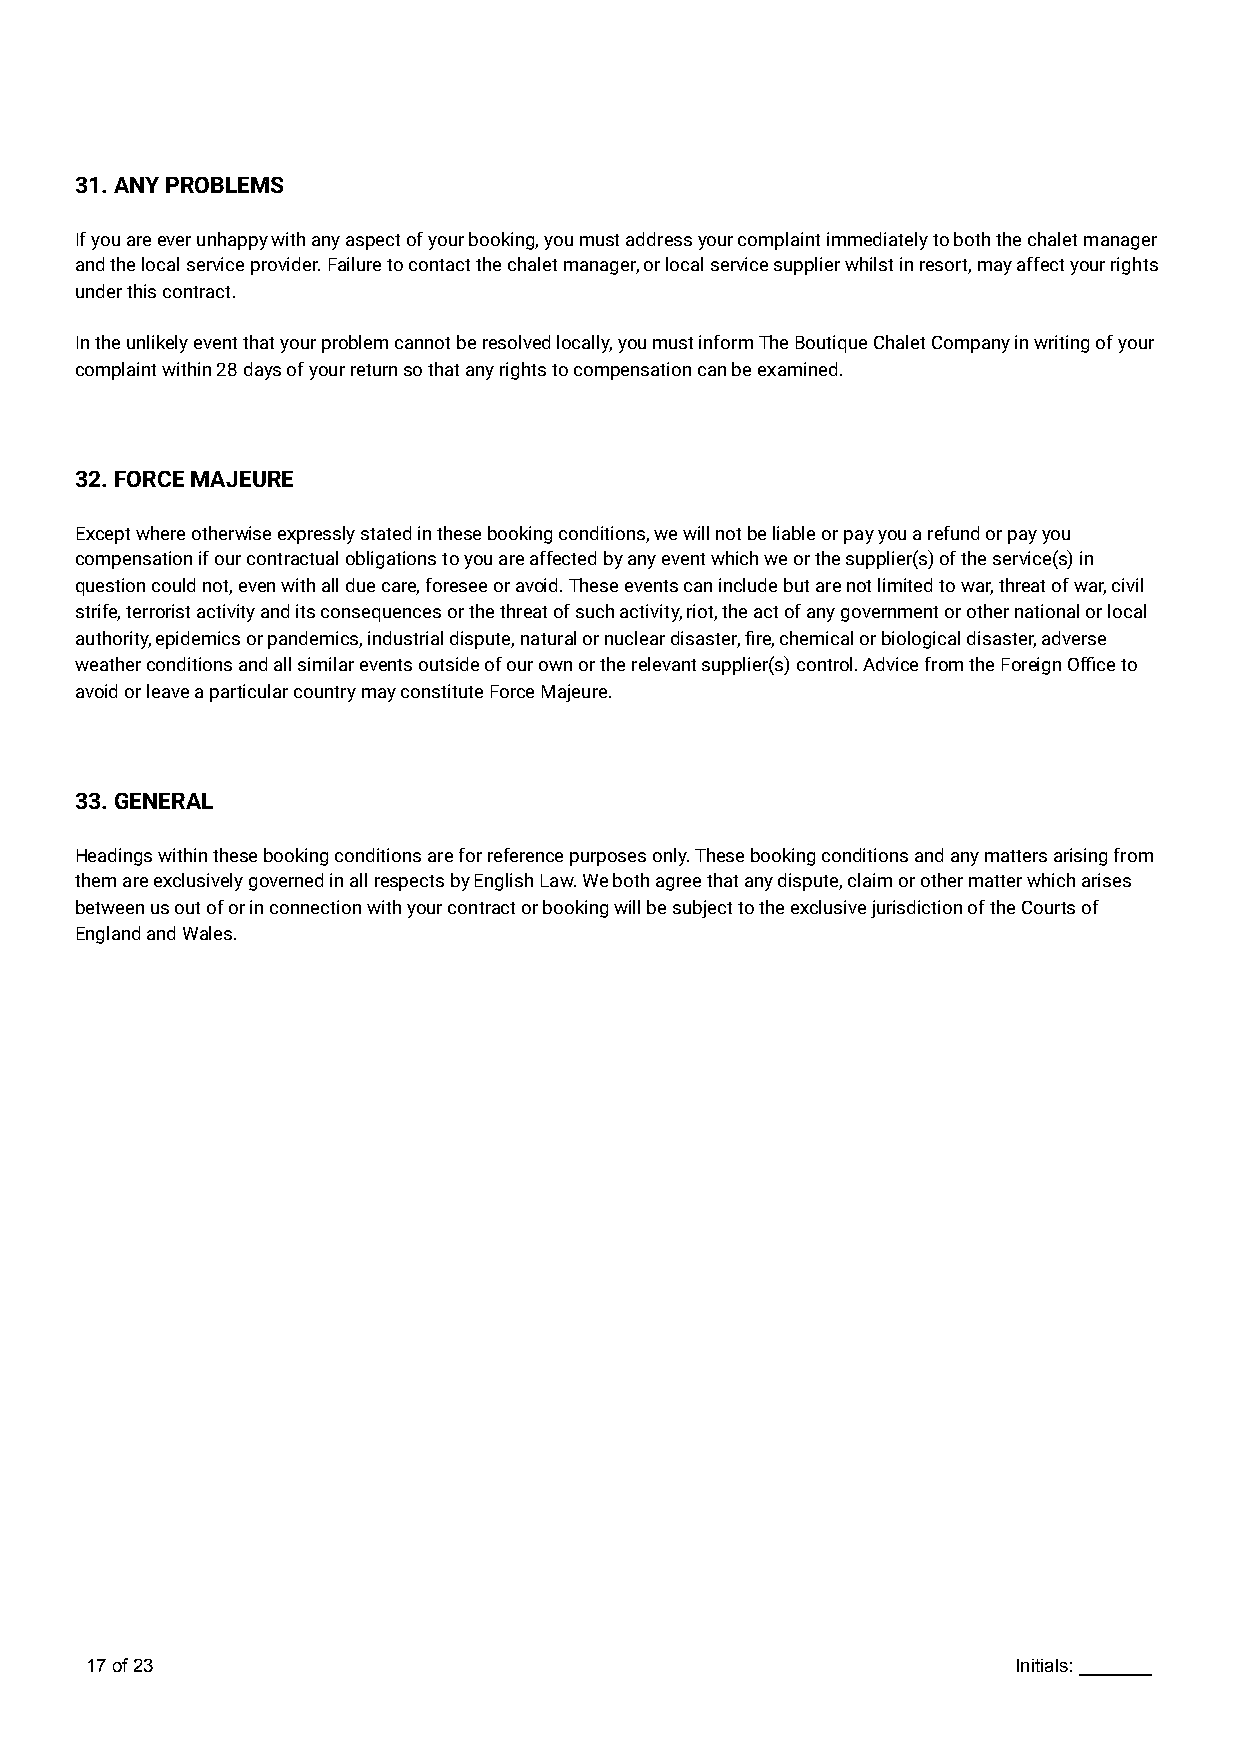
31. ANY PROBLEMS
 If you are ever unhappy with any aspect of your booking, you must address your complaint immediately to both the chalet manager
 and the local service provider. Failure to contact the chalet manager, or local service supplier whilst in resort, may affect your rights
 under this contract.
 In the unlikely event that your problem cannot be resolved locally, you must inform The Boutique Chalet Company in writing of your
 complaint within 28 days of your return so that any rights to compensation can be examined.
 32. FORCE MAJEURE
 Except where otherwise expressly stated in these booking conditions, we will not be liable or pay you a refund or pay you
 compensation if our contractual obligations to you are affected by any event which we or the supplier(s) of the service(s) in
 question could not, even with all due care, foresee or avoid. These events can include but are not limited to war, threat of war, civil
 strife, terrorist activity and its consequences or the threat of such activity, riot, the act of any government or other national or local
 authority, epidemics or pandemics, industrial dispute, natural or nuclear disaster, fire, chemical or biological disaster, adverse
 weather conditions and all similar events outside of our own or the relevant supplier(s) control. Advice from the Foreign Office to
 avoid or leave a particular country may constitute Force Majeure.
 33. GENERAL
 Headings within these booking conditions are for reference purposes only. These booking conditions and any matters arising from
 them are exclusively governed in all respects by English Law. We both agree that any dispute, claim or other matter which arises
 between us out of or in connection with your contract or booking will be subject to the exclusive jurisdiction of the Courts of
 England and Wales.
 17of23                                                       Initials: _______